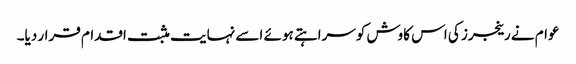
عوام نے رینجرز کی اس کاوش کوسراہتے ہوئے اسے نہایت مثبت اقدام قرار دیا۔